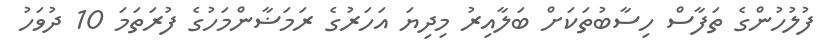
ފުލުހުންގެ ތަފާސް ހިސާބުތަކަށް ބަލާއިރު މިދިޔަ އަހަރުގެ ރަމަޟާންމަހުގެ ފުރަތަމަ 10 ދުވަހު